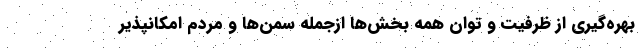
بهره‌گیری از ظرفیت و توان همه بخش‌ها ازجمله سمن‌ها و مردم امکانپذیر